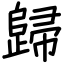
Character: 歸